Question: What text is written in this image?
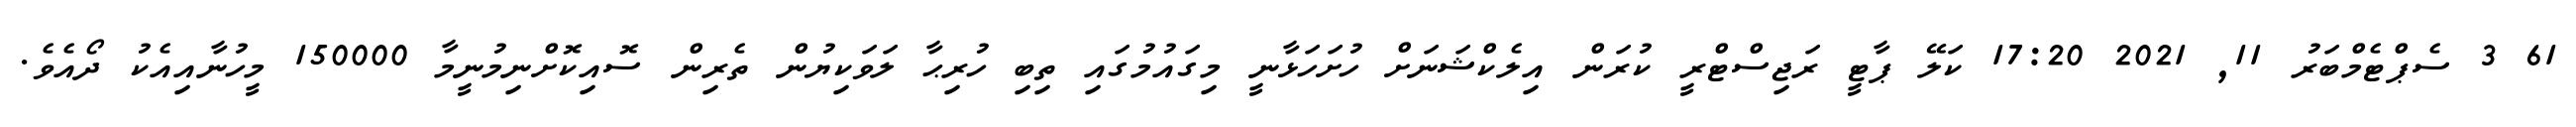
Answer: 61 3 ސެޕްޓެމްބަރު 11, 2021 17:20 ކަލޭ ޕާޓީ ރަޖިސްޓްރީ ކުރަން އިލެކްޝަނަށް ހުށަހަޅާނީ މިގައުމުގައި ތިބި ހުރިޙާ ލަވަކިޔުން ތެރިން ސޮއިކޮށްނިމުނީމާ 150000 މީހުނާއިއެކު ދޯއެވެ.